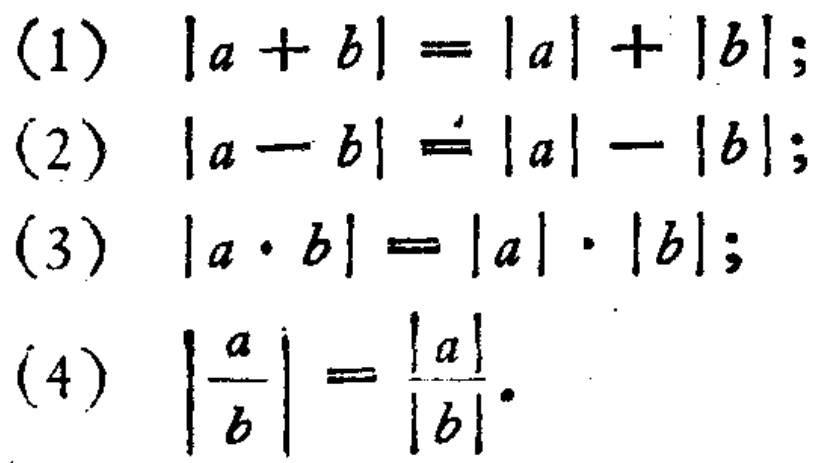
(1) \(|a + b| = |a|+|b|\);
(2) \(|a - b| = |a|-|b|\);
(3) \(|a\cdot b| = |a|\cdot|b|\);
(4) \(\left|\frac{a}{b}\right|=\frac{|a|}{|b|}\).